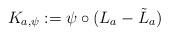
LaTeX: \begin{align*}K_{a,\psi}:=\psi \circ(L_a-\tilde L_a)\end{align*}